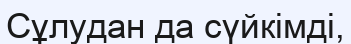
Сұлудан да сүйкімді,